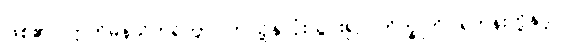
ဖြစ်၏။ ဣတိမနသိကရိတွာ၊ ဤသို့နှလုံးသွင်း၍။ ဘိက္ခူဟိ၊ ရဟန်းတို့နှင့်။